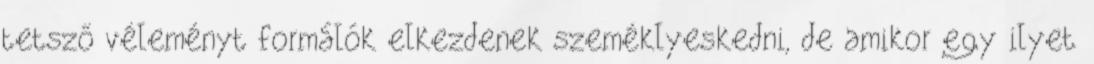
tetsző véleményt formálók elkezdenek szeméklyeskedni, de amikor egy ilyet